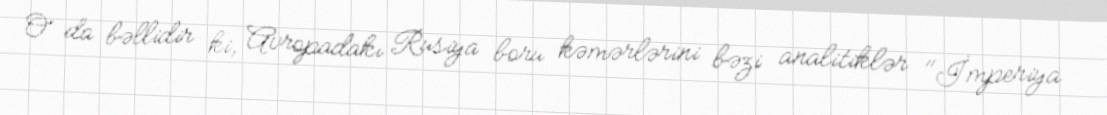
O da bəllidir ki, Avropadakı Rusiya boru kəmərlərini bəzi analitiklər "İmperiya